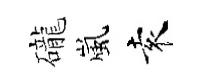
礲嵐袁